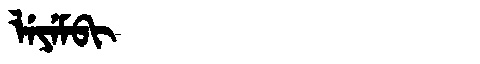
Manchu: ᠯᡝᠶᡝᠮᠪᡳ
Romanization: LEYEMBI